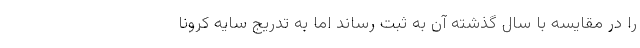
را در مقایسه با سال گذشته آن به ثبت رساند اما به تدریج سایه کرونا